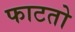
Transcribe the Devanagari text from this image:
फाटतो